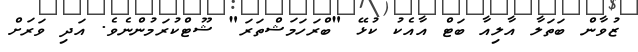
ޒުވާން ބަތަލާ އާލިއާ ބަޓް އާއެކު ކުޅޭ "ބްރަހަމަޝްތަރަ" ޝޫޓްކުރަމުންނެވެ. އަދި ވަރަށް